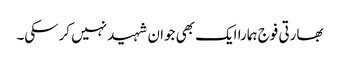
بھارتی فوج ہمارا ایک بھی جوان شہید نہیں کرسکی۔